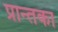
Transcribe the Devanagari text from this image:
प्रान्तका